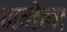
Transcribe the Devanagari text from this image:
जमेला